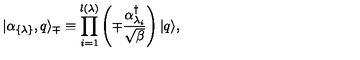
| \alpha _ { \{ \lambda \} } , q \rangle _ { \mp } \equiv \prod _ { i = 1 } ^ { l ( \lambda ) } \left( \mp { \frac { \alpha _ { \lambda _ { i } } ^ { \dagger } } { \sqrt { \beta } } } \right) | q \rangle ,